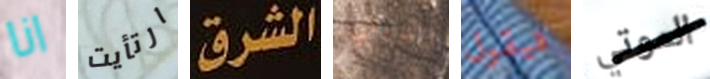
انا ارتأيت الشرق الديني فيقول الموتي